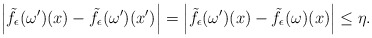
\begin{align*}\left\vert \tilde f_\epsilon (\omega ^\prime) (x) - \tilde f_\epsilon (\omega ^\prime) (x^\prime) \right\vert = \left\vert \tilde f_\epsilon (\omega ^\prime) (x) - \tilde f_\epsilon (\omega ) (x) \right\vert \leq \eta.\end{align*}